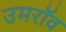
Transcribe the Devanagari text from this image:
उमरॉव